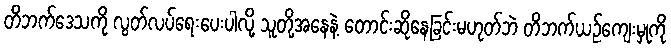
တိဘက်ဒေသကို လွတ်လပ်ရေးပေးပါလို့ သူတို့အနေနဲ့ တောင်းဆိုနေခြင်းမဟုတ်ဘဲ တိဘက်ယဉ်ကျေးမှုကို